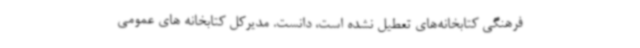
فرهنگی کتابخانه‌های تعطیل نشده است، دانست. مدیرکل کتابخانه های عمومی